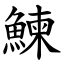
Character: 鰊